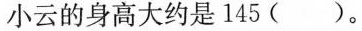
小云的身高大约是 145 ( )。